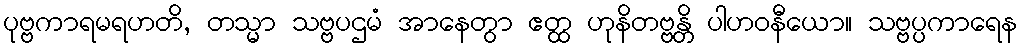
ပုဗ္ဗကာရမရဟတိ, တသ္မာ သဗ္ဗပဌမံ အာနေတွာ ဧတ္ထ ဟုနိတဗ္ဗန္တိ ပါဟဝနီယော။ သဗ္ဗပ္ပကာရေန